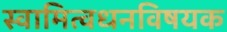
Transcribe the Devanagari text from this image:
स्वामित्वधनविषयक